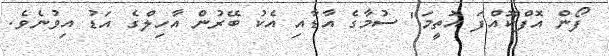
ފޯން އޮފްކޮއްފަ އޮތީމަ" ސުމާގެ އާޑާއި އެކު ބޭރުން އާހިލްގެ އަޑު އިވުނެވެ.